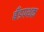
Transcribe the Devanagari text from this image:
बँडपथक